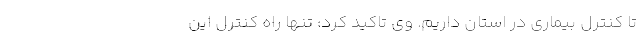
تا کنترل بیماری در استان داریم. وی تاکید کرد: تنها راه کنترل این